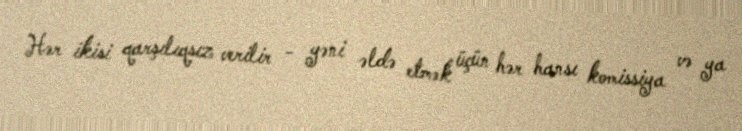
Hər ikisi qarşılıqsız verilir - yəni əldə etmək üçün hər hansı komissiya və ya